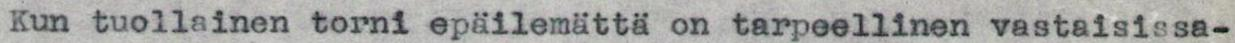
Kun tuollainen torni epäilemättä on tarpeellinen vastaisissa-